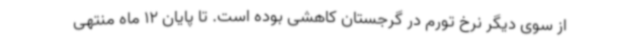
از سوی دیگر نرخ تورم در گرجستان کاهشی بوده است. تا پایان 12 ماه منتهی